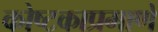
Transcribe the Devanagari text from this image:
कोष्टकाप्रमाणे